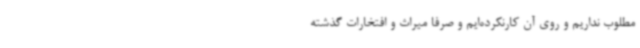
مطلوب نداریم و روی آن کارنکرده‌ایم و صرفاً میراث و افتخارات گذشته